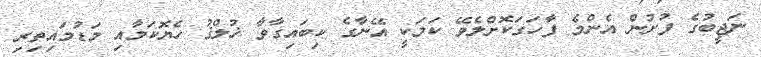
ނަޖީބުގެ ފުށުން އެންމެ ފާހަގަކޮށްލެވޭ ކަމަކީ އޭނާގެ ކިބައިގާވާ ޚުލްޤު ހެޔޮކަމާއި މަޑުމައިތިރި